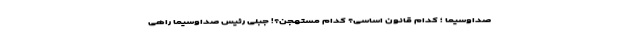
صداوسیما ؛ کدام قانون اساسی؟ کدام مستهجن؟! جبلی رئیس صداوسیما راهی